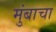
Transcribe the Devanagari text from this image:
मुंबाचा